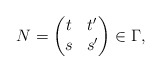
\begin{align*} N = \begin{pmatrix} t & t'\\ s & s' \end{pmatrix} \in \Gamma, \end{align*}